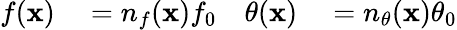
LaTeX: \begin{array}{rlrl}{f(\mathbf{x})}&{{}=n_{f}(\mathbf{x})f_{0}}&{\theta(\mathbf{x})}&{{}=n_{\theta}(\mathbf{x})\theta_{0}}\end{array}